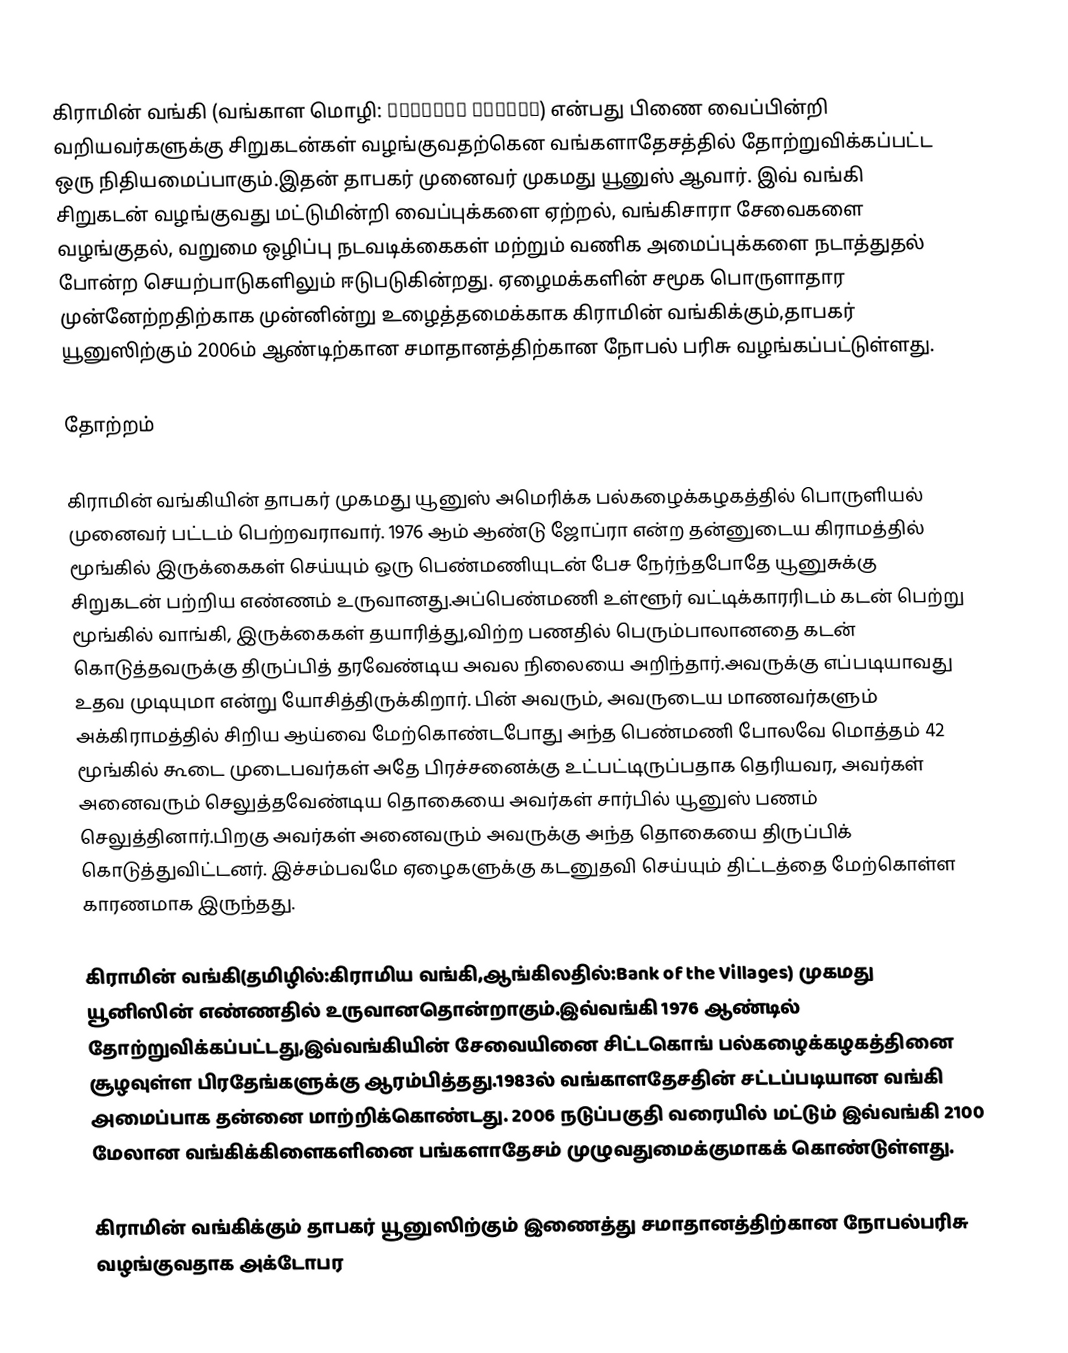
கிராமின் வங்கி (வங்காள மொழி: গ্রামীণ ব্যাংক) என்பது பிணை வைப்பின்றி வறியவர்களுக்கு சிறுகடன்கள் வழங்குவதற்கென வங்களாதேசத்தில் தோற்றுவிக்கப்பட்ட ஒரு நிதியமைப்பாகும்.இதன் தாபகர் முனைவர் முகமது யூனுஸ் ஆவார். இவ் வங்கி சிறுகடன் வழங்குவது மட்டுமின்றி வைப்புக்களை ஏற்றல், வங்கிசாரா சேவைகளை வழங்குதல், வறுமை ஒழிப்பு நடவடிக்கைகள் மற்றும் வணிக அமைப்புக்களை நடாத்துதல் போன்ற செயற்பாடுகளிலும் ஈடுபடுகின்றது. ஏழைமக்களின் சமூக பொருளாதார முன்னேற்றதிற்காக முன்னின்று உழைத்தமைக்காக கிராமின் வங்கிக்கும்,தாபகர் யூனுஸிற்கும் 2006ம் ஆண்டிற்கான சமாதானத்திற்கான நோபல் பரிசு வழங்கப்பட்டுள்ளது.

தோற்றம்

கிராமின் வங்கியின் தாபகர் முகமது யூனுஸ் அமெரிக்க பல்கழைக்கழகத்தில் பொருளியல் முனைவர் பட்டம் பெற்றவராவார். 1976 ஆம் ஆண்டு ஜோப்ரா என்ற தன்னுடைய கிராமத்தில் மூங்கில் இருக்கைகள் செய்யும் ஒரு பெண்மணியுடன் பேச நேர்ந்தபோதே யூனுசுக்கு சிறுகடன் பற்றிய எண்ணம் உருவானது.அப்பெண்மணி உள்ளூர் வட்டிக்காரரிடம் கடன் பெற்று மூங்கில் வாங்கி, இருக்கைகள் தயாரித்து,விற்ற பணதில் பெரும்பாலானதை கடன் கொடுத்தவருக்கு திருப்பித் தரவேண்டிய அவல நிலையை அறிந்தார்.அவருக்கு எப்படியாவது உதவ முடியுமா என்று யோசித்திருக்கிறார். பின் அவரும், அவருடைய மாணவர்களும் அக்கிராமத்தில் சிறிய ஆய்வை மேற்கொண்டபோது அந்த பெண்மணி போலவே மொத்தம் 42 மூங்கில் கூடை முடைபவர்கள் அதே பிரச்சனைக்கு உட்பட்டிருப்பதாக தெரியவர, அவர்கள் அனைவரும் செலுத்தவேண்டிய தொகையை அவர்கள் சார்பில் யூனுஸ் பணம் செலுத்தினார்.பிறகு அவர்கள் அனைவரும் அவருக்கு அந்த தொகையை திருப்பிக் கொடுத்துவிட்டனர். இச்சம்பவமே ஏழைகளுக்கு கடனுதவி செய்யும் திட்டத்தை மேற்கொள்ள காரணமாக இருந்தது.

கிராமின் வங்கி(தமிழில்:கிராமிய வங்கி,ஆங்கிலதில்:Bank of the Villages) முகமது யூனிஸின் எண்ணதில் உருவானதொன்றாகும்.இவ்வங்கி 1976 ஆண்டில் தோற்றுவிக்கப்பட்டது,இவ்வங்கியின் சேவையினை சிட்டகொங் பல்கழைக்கழகத்தினை சூழவுள்ள பிரதேங்களுக்கு ஆரம்பித்தது.1983ல் வங்காளதேசதின் சட்டப்படியான வங்கி அமைப்பாக தன்னை மாற்றிக்கொண்டது. 2006 நடுப்பகுதி வரையில் மட்டும் இவ்வங்கி 2100 மேலான வங்கிக்கிளைகளினை பங்களாதேசம் முழுவதுமைக்குமாகக் கொண்டுள்ளது.

கிராமின் வங்கிக்கும் தாபகர் யூனுஸிற்கும் இணைத்து சமாதானத்திற்கான நோபல்பரிசு வழங்குவதாக அக்டோபர